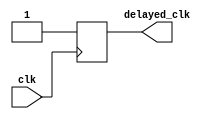
module rc_delay (
  input wire clk,
  output wire delayed_clk
);
  
  reg delayed_clk_reg;
  
  always @ (posedge clk) begin
    #10; // Adjust delay as needed, currently set to 10
    delayed_clk_reg <= 1'b1; 
  end
  
  assign delayed_clk = delayed_clk_reg;

endmodule